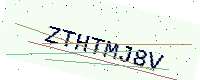
Text: ZTHTMJ8V